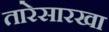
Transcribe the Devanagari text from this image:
तारेसारखा